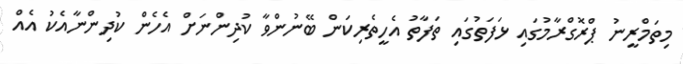
މިތަމްރީނު ޕްރޮގްރާމުގައި ޅަފަތުގައި ތަފާތު އެހީތެރިކަން ބޭނުންވާ ކުދިންނަށް އެހެން ކުދިންނާއެކު އެއް